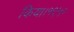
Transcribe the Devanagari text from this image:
किया।१९५०